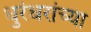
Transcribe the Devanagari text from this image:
धुरंधरांच्या